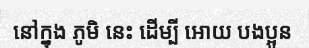
នៅក្នុង ភូមិ នេះ ដើម្បី អោយ បងប្អូន